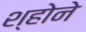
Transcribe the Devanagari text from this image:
श्होने